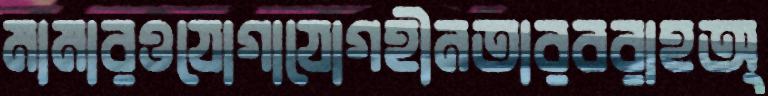
মামারওযোগাযোগহীনতারবরাহঅ্